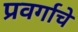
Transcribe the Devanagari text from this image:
प्रवर्गाचे